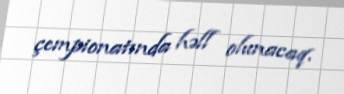
çempionatında həll olunacaq.